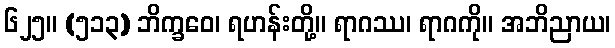
၆၂၅။ (၅၁၃) ဘိက္ခဝေ၊ ရဟန်းတို့။ ရာဂဿ၊ ရာဂကို။ အဘိညာယ၊